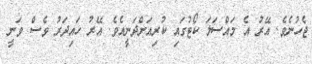
ޖެހުނެވެ. އޭރު އެ މައްސަލަ ކޯޓުގައި ކުރިއަށްދަނީއެވެ. އޭރު ހައިދަރު ވެސް ވަނީ